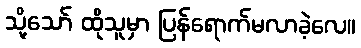
သို့သော် ထိုသူမှာ ပြန်ရောက်မလာခဲ့လေ။